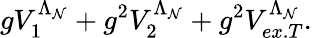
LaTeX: gV_{1}^{\Lambda_{\mathcal{N}}}+g^{2}V_{2}^{\Lambda_{\mathcal{N}}}+g^{2}V_{ex.T}^{\Lambda_{\mathcal{N}}}.